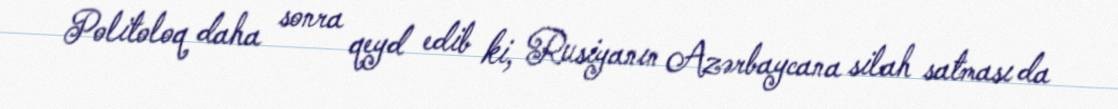
Politoloq daha sonra qeyd edib ki, Rusiyanın Azərbaycana silah satması da